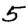
Digit: 5